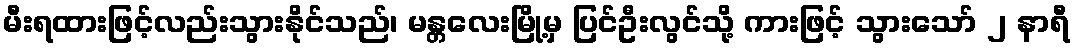
မီးရထားဖြင့်လည်းသွားနိုင်သည်၊ မန္တလေးမြို့မှ ပြင်ဦးလွင်သို့ ကားဖြင့် သွားသော် ၂ နာရီ